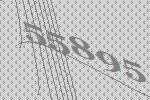
55895